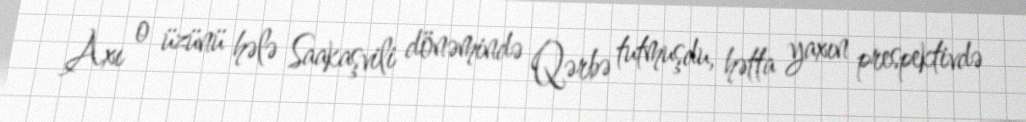
Axı o üzünü hələ Saakaşvili dönəmində Qərbə tutmuşdu, hətta yaxın prespektivdə